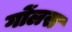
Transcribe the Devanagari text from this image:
गोंलस